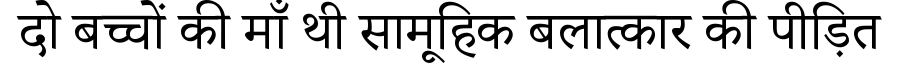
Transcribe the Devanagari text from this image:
दो बच्चों की माँ थी सामूहिक बलात्कार की पीड़ित